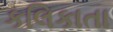
કલિકાતા